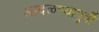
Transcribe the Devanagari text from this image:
आदळण्यापुर्वी